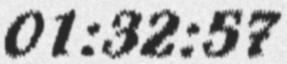
01:32:57